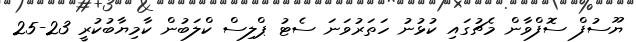
ޔޫސުފް ސޮފްވާން މެޗުގައި ކުޅުނު ހަތަރުވަނަ ސެޓު ޕްލިސް ކްލަބުން ކާމިޔާބުކުރީ 23-25